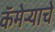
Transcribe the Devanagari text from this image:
कॅमेर्‍याचे